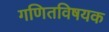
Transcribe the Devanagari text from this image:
गणितविषयक